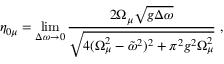
\eta _ { 0 \mu } = \operatorname * { l i m } _ { \Delta \omega \to 0 } \frac { 2 \Omega _ { \mu } \sqrt { g \Delta \omega } } { \sqrt { 4 ( \Omega _ { \mu } ^ { 2 } - \tilde { \omega } ^ { 2 } ) ^ { 2 } + \pi ^ { 2 } g ^ { 2 } \Omega _ { \mu } ^ { 2 } } } \; ,